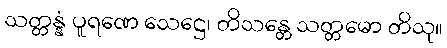
သတ္တန္နံ ပူရဏေ သေဋ္ဌေ၊ တိသန္တေ သတ္တမော တိသု။